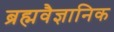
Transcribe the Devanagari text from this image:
ब्रह्मवैज्ञानिक